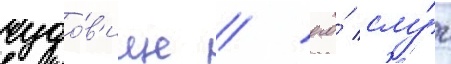
чудо́в'ище / его́ слу́г